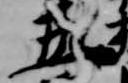
五